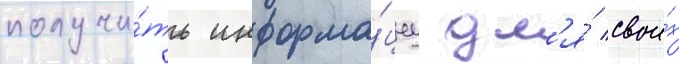
получи́ть информа́циу дл'я́ свои́х